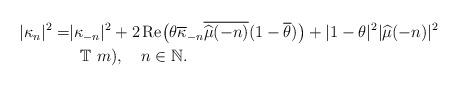
LaTeX: \begin{align*}\begin{aligned}|\kappa_n|^2=&|\kappa_{-n}|^2+ 2\operatorname{Re}\bigl(\theta\overline\kappa_{-n}\overline{\widehat\mu(-n)}(1-\overline\theta)\bigr) + |1-\theta|^2|\widehat\mu(-n)|^2 \\&\ \ \mathbb T \ m), \ \ \ n\in\mathbb N. \end{aligned}\end{align*}